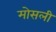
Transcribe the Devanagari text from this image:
मोसली